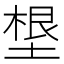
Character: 𡏒